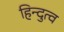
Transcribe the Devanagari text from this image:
हिन्‍दुत्‍व